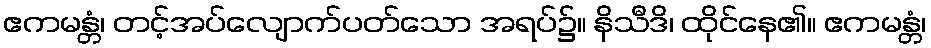
ဧကမန္တံ၊ တင့်အပ်လျောက်ပတ်သော အရပ်၌။ နိသီဒိ၊ ထိုင်နေ၏။ ဧကမန္တံ၊